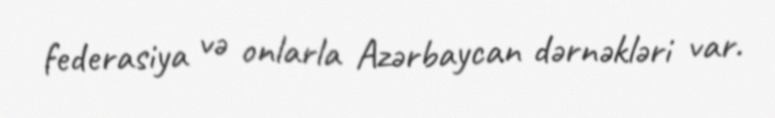
federasiya və onlarla Azərbaycan dərnəkləri var.